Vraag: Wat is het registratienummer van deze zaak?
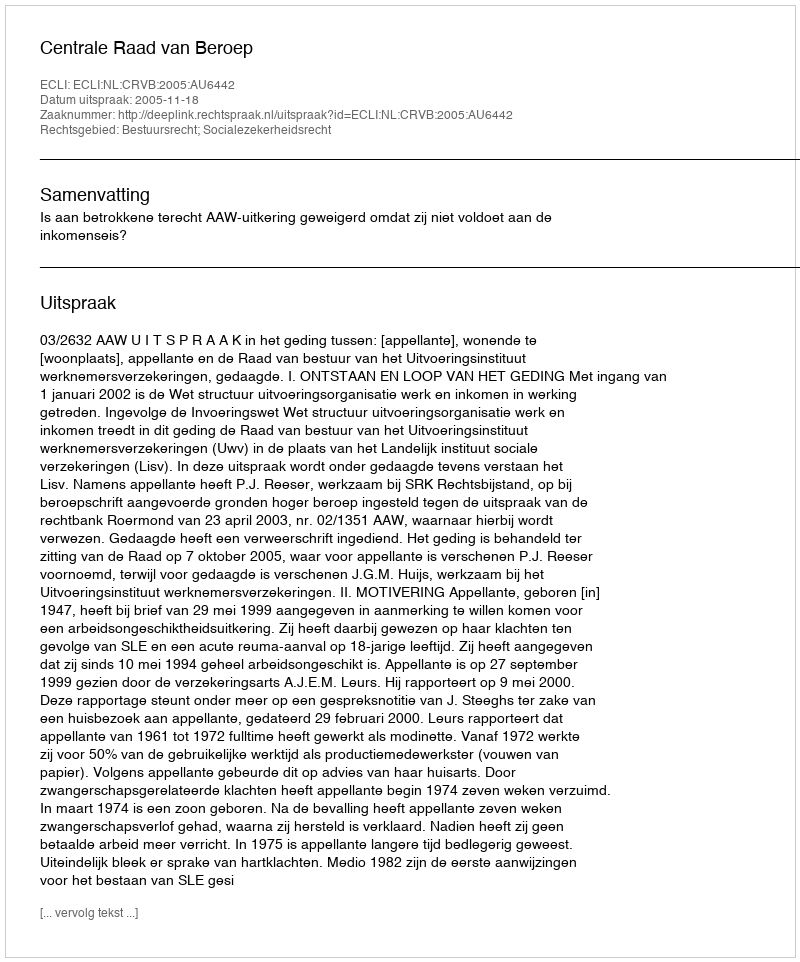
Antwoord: http://deeplink.rechtspraak.nl/uitspraak?id=ECLI:NL:CRVB:2005:AU6442